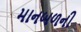
માનબળની